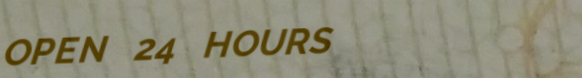
OPEN 24 HOURS